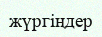
жүргіңдер